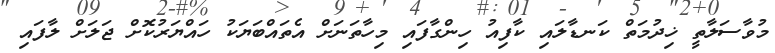
މުވާސަލާތީ ޚިދުމަތް ކަނޑާލައި ކާފިއު ހިންގާފައި މިހާތަނަށް އެތައްބަޔަކު ހައްޔަރުކޮށް ޖަލަށް ލާފައި